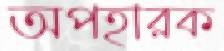
অপহারক